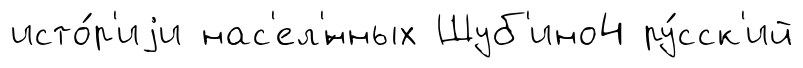
исто́р'иjи нас'ел'́нных Шуб'ино4 ру́сск'ий